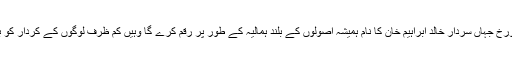
تاریخ ان تمام کرداروں کو یاد رکھے گی اور مورخ جہاں سردار خالد ابراہیم خان کا نام ہمیشہ اصولوں کے بلند ہمالیہ کے طور پر رقم کرے گا وہیں کم ظرف لوگوں کے کردار کو بھی ہمیشہ تاریخ کے اوراق کی زینت بنائے گا۔